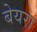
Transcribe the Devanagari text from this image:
बेयरा